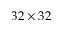
3 2 \times 3 2